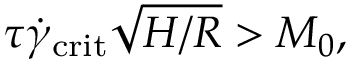
\tau \dot { \gamma } _ { \mathrm { c r i t } } \sqrt { H / R } > M _ { 0 } ,